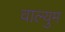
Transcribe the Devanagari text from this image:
वाल्युम